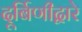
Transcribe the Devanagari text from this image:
दूर्बिणीद्वारे